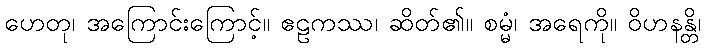
ဟေတု၊ အကြောင်းကြောင့်။ ဧဠကဿ၊ ဆိတ်၏။ စမ္မံ၊ အရေကို။ ဝိဟနန္တိ၊